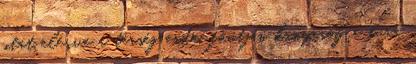
utat elérve a térség erdei főútján kanyarog a túra